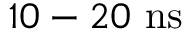
1 0 - 2 0 \ \mathrm { n s }